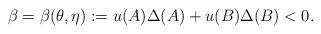
LaTeX: \begin{align*}\beta=\beta(\theta,\eta):=u(A)\Delta(A)+u(B)\Delta(B)<0.\end{align*}